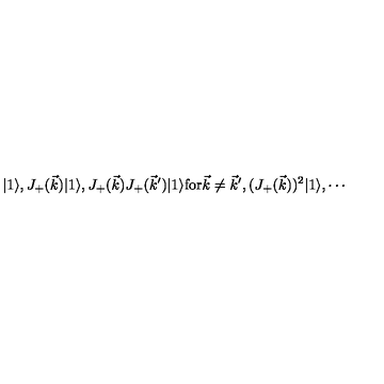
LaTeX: | 1 \rangle , J _ { + } ( \vec { k } ) | 1 \rangle , J _ { + } ( \vec { k } ) J _ { + } ( \vec { k } ^ { \prime } ) | 1 \rangle \mathrm { f o r } \vec { k } \not = \vec { k } ^ { \prime } , ( J _ { + } ( \vec { k } ) ) ^ { 2 } | 1 \rangle , \cdots